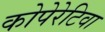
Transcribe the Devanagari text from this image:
कोपेरेटिवा